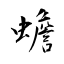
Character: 蟾